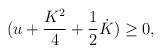
LaTeX: \begin{align*}(u + {K^2 \over 4} + {1 \over 2}\dot{K}) \geq 0,\end{align*}